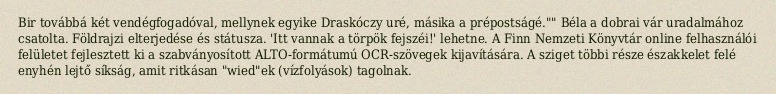
Bir továbbá két vendégfogadóval, mellynek egyike Draskóczy uré, másika a prépostságé."" Béla a dobrai vár uradalmához csatolta. Földrajzi elterjedése és státusza. 'Itt vannak a törpök fejszéi!' lehetne. A Finn Nemzeti Könyvtár online felhasználói felületet fejlesztett ki a szabványosított ALTO-formátumú OCR-szövegek kijavítására. A sziget többi része északkelet felé enyhén lejtő síkság, amit ritkásan "wied"ek (vízfolyások) tagolnak.